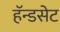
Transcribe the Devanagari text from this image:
हॅन्डसेट